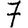
Digit: 7